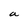
Character: a